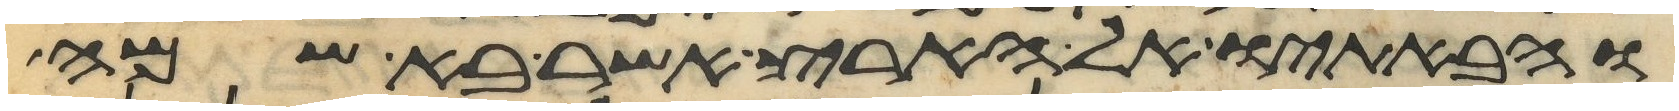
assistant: והבאתיו אל הארץ אשר בא שמה